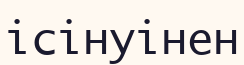
ісінуінен